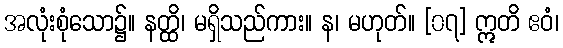
အလုံးစုံသော၌။ နတ္ထိ၊ မရှိသည်ကား။ န၊ မဟုတ်။ [၀၇] ဣတိ ဧဝံ၊